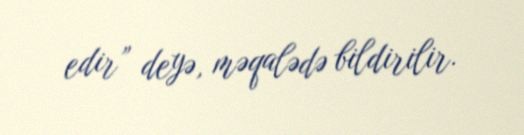
edir” deyə, məqalədə bildirilir.